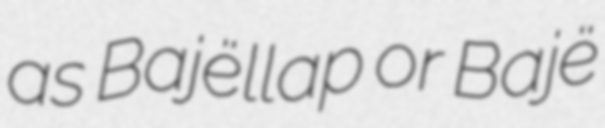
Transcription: as Bajëllap or Bajë